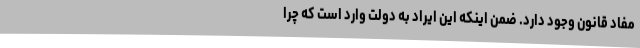
مفاد قانون وجود دارد. ضمن اینکه این ایراد به دولت وارد است که چرا